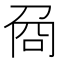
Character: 𠱛